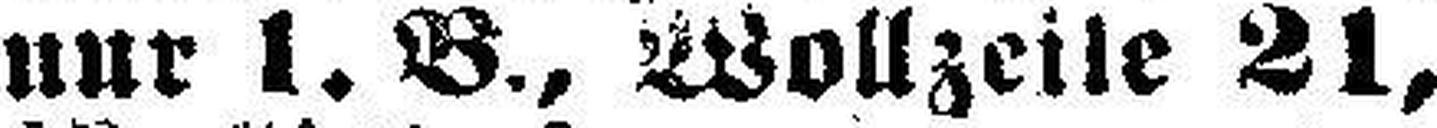
nur 1. B., Wollzeile 21,